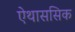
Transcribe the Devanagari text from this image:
ऐथाससिक